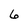
Character: 6